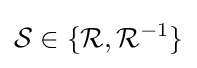
{\mathcal {S}}\in \{{\mathcal {R}},{\mathcal {R}}^{-1}\}